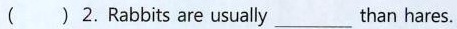
( ) 2.Rabbits are usually ___ than hares.